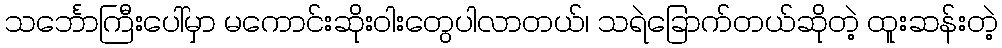
သင်္ဘောကြီးပေါ်မှာ မကောင်းဆိုးဝါးတွေပါလာတယ်၊ သရဲခြောက်တယ်ဆိုတဲ့ ထူးဆန်းတဲ့